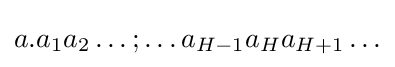
a.a_{1}a_{2}\ldots ;\ldots a_{H-1}a_{H}a_{H+1}\ldots